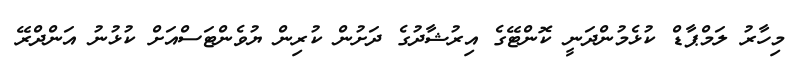
މިހާރު ލަމްޕާޑް ކުޅެމުންދަނީ ކޮންޓޭގެ އިރުޝާދުގެ ދަށުން ކުރިން ޔުވެންޓަސްއަށް ކުޅުނު އަންދްރޭ